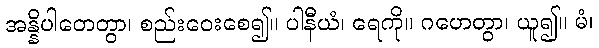
အန္နိပါတေတွာ၊ စည်းဝေးစေ၍။ ပါနီယံ၊ ရေကို။ ဂဟေတွာ၊ ယူ၍။ မံ၊